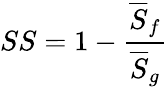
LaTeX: SS=1-\frac{\overline{{S}}_{f}}{\overline{{S}}_{g}}